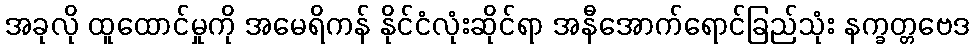
အခုလို ထူထောင်မှုကို အမေရိကန် နိုင်ငံလုံးဆိုင်ရာ အနီအောက်ရောင်ခြည်သုံး နက္ခတ္တဗေဒ